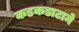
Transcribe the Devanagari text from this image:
कडकडाटाने